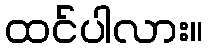
ထင်ပါလား။